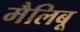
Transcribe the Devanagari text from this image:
मैलिबू